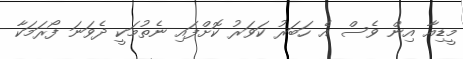
މީޑިއާ އިން ވެސް އެ ހަބަރު ކަވަރު ކޮށްފައި ނެތުމަކީ ދެވަނަ ފޯރަމަކާ